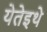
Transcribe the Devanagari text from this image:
येतेइथे